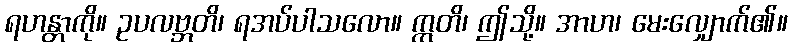
ရဟန္တာကို။ ဥပလဗ္ဘတိ၊ ရအပ်ပါသလော။ ဣတိ၊ ဤသို့။ အာဟ၊ မေးလျှောက်၏။